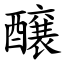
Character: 醸